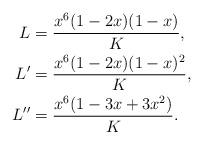
LaTeX: \begin{align*}L&=\frac{x^6(1-2x)(1-x)}{K},\\L'&=\frac{x^6(1-2x)(1-x)^2}{K},\\L''&=\frac{x^6(1-3x+3x^2)}{K}.\end{align*}